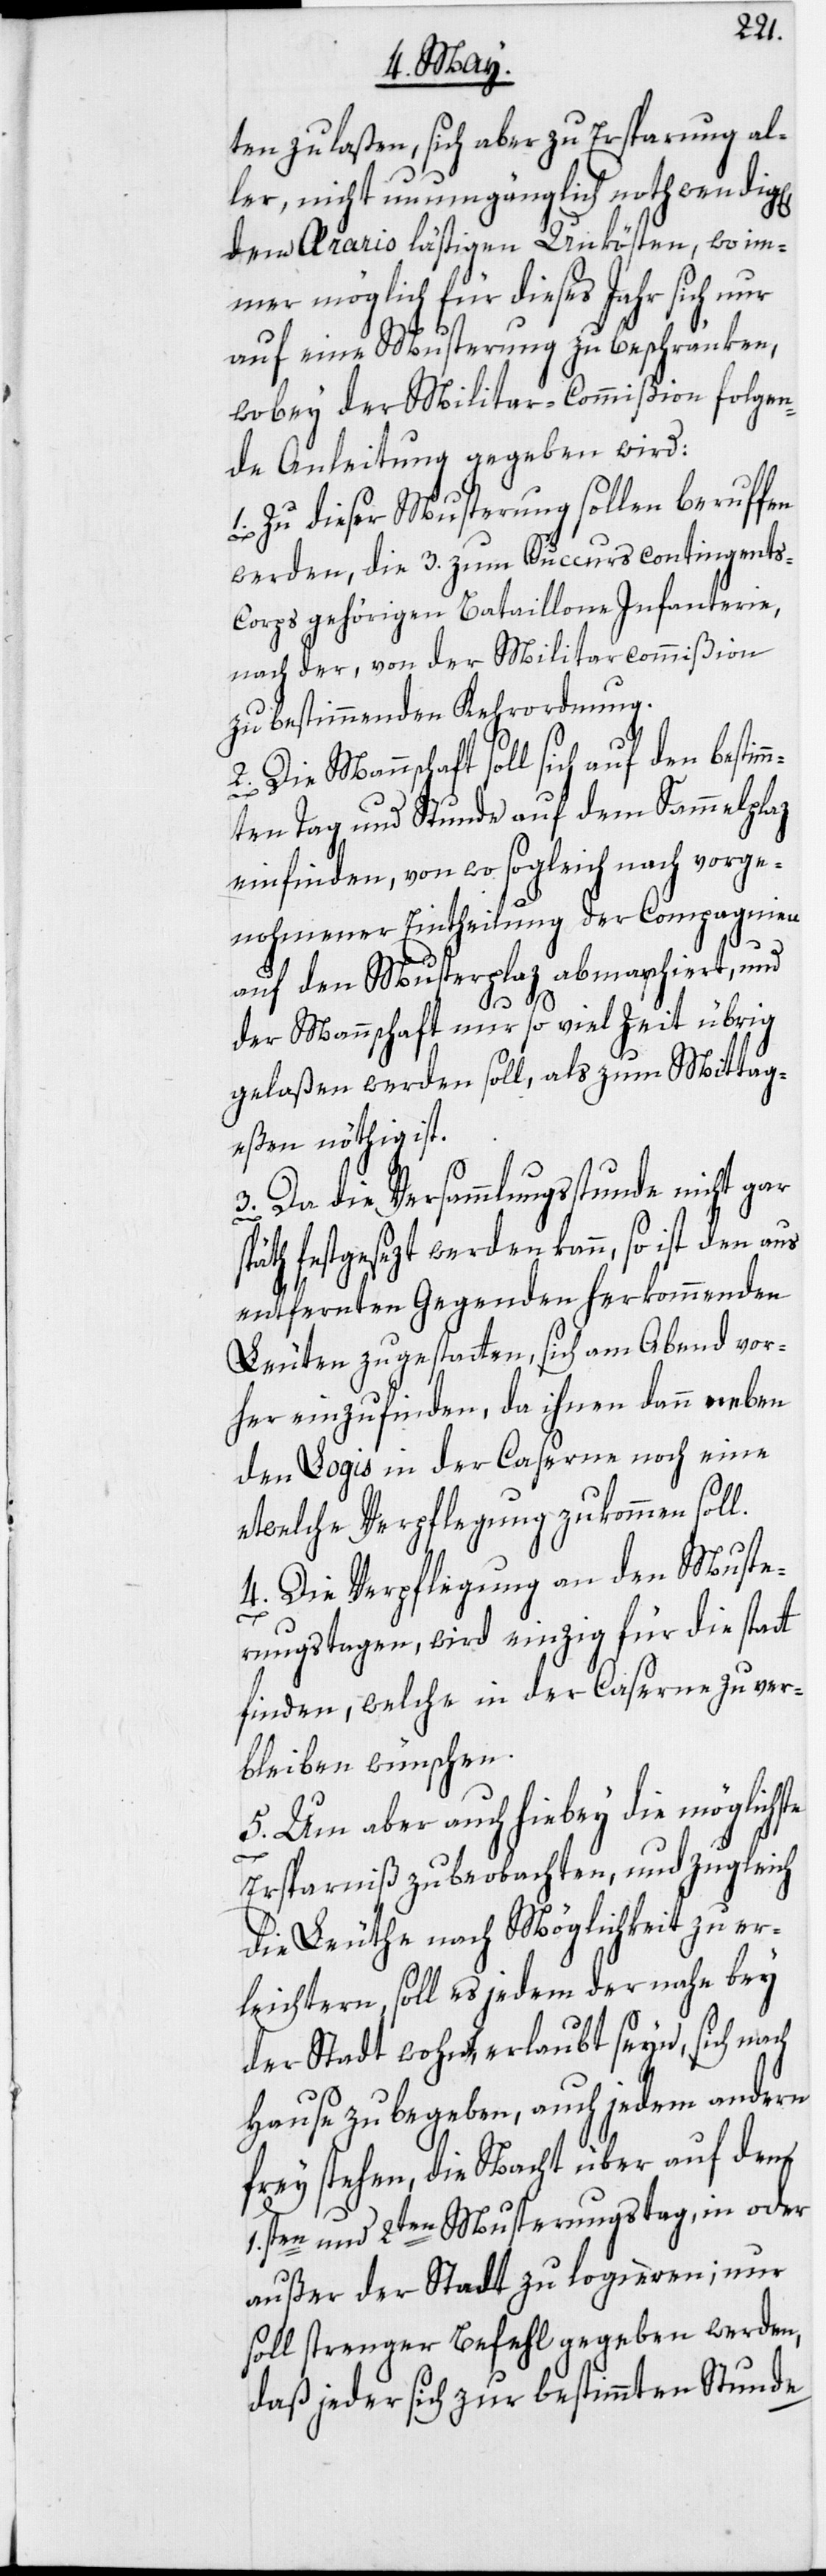
n],
ten zu laßen, sich aber zu Ersparung al¬
ler, nicht unumgänglich nothwendig[e¬
dem Aerario lästigen Unkösten, wo im¬
mer möglich für dieses Jahr sich nur
auf eine Musterung zu beschränken,
wobey der Militar-Commißion folgen¬
de Anleitung gegeben wird:
1. Zu dieser Musterung sollen beruffen
werden, die 3. zum Succurscontingents-C¬
orps gehörigen Bataillone Infanterie,
nach der, von der Militarcommißion
zu bestimmenden Kehrordnung.
te
2. Die Mannschaft soll sich auf den bestim¬
mten Tag und Stunde auf dem Sammelplaz
einfinden, von wo sogleich nach vorge¬
nohmener Eintheilung der Compagnien
auf den Musterplaz abmarschiert, und
der Mannschaft nur so viel Zeit übrig
gelaßen werden soll, als zum Mittag¬
eßen nöthig ist.
3. Da die Versammlungsstunde nicht gar
päth festgesezt werden kann, so ist den aus
entfernten Gegenden herkommenden
Leuten zu gestatten, sich am Abend vor¬
her einzufinden, da ihnen dann neben
den Logis in der Caserne noch eine
etwelche Verpflegung zukommen soll.
4. Die Verpflegung an den Muste¬
rungstagen, wird einzig für die statt
finden, welche in der Caserne zu ver¬
bleiben wünschen.
5. Um aber auch hiebey die möglichs¬
Ersparniß zu beobachten, und zugleich
die Leuthe nach Möglichkeit zu er¬
leichtern, soll es jedem der nahe bey
der Stadt wohnt, erlaubt seyn, sich nach
Hause zu begeben, auch jedem andern
frey stehen, die Nacht über auf den
1.sten und 2ten Musterungstag, in oder
außer der Stadt zu logieren; nur
soll strenger Befehl gegeben werden,
daß jeder sich zur bestimmten Stunde